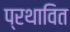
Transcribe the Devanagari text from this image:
प्रथावित